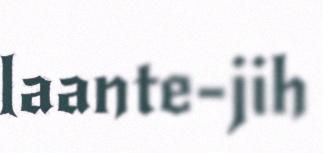
laante-jih